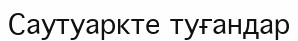
Саутуаркте туғандар